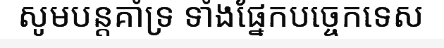
សូមបន្តគាំទ្រ ទាំងផ្នែកបច្ចេកទេស